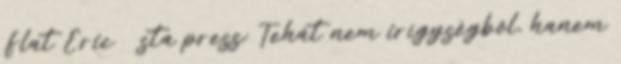
Flat Eric sta press: Tehát nem irígységből, hanem